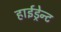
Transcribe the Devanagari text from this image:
हाईड्रेन्ट